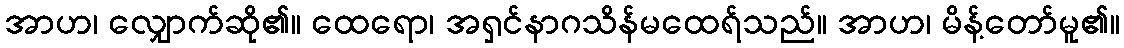
အာဟ၊ လျှောက်ဆို၏။ ထေရော၊ အရှင်နာဂသိန်မထေရ်သည်။ အာဟ၊ မိန့်တော်မူ၏။